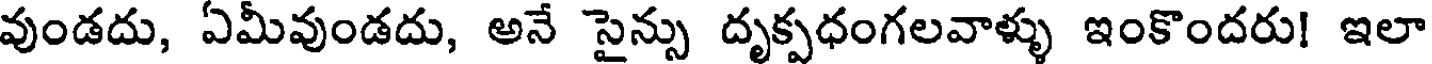
వుండదు, ఏమీవుండదు, అనే సైన్సు దృక్పధంగలవాళ్ళు ఇంకొందరు! ఇలా